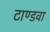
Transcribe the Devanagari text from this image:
टाण्डवा